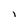
Character: i